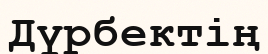
Дүрбектің